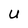
Character: U